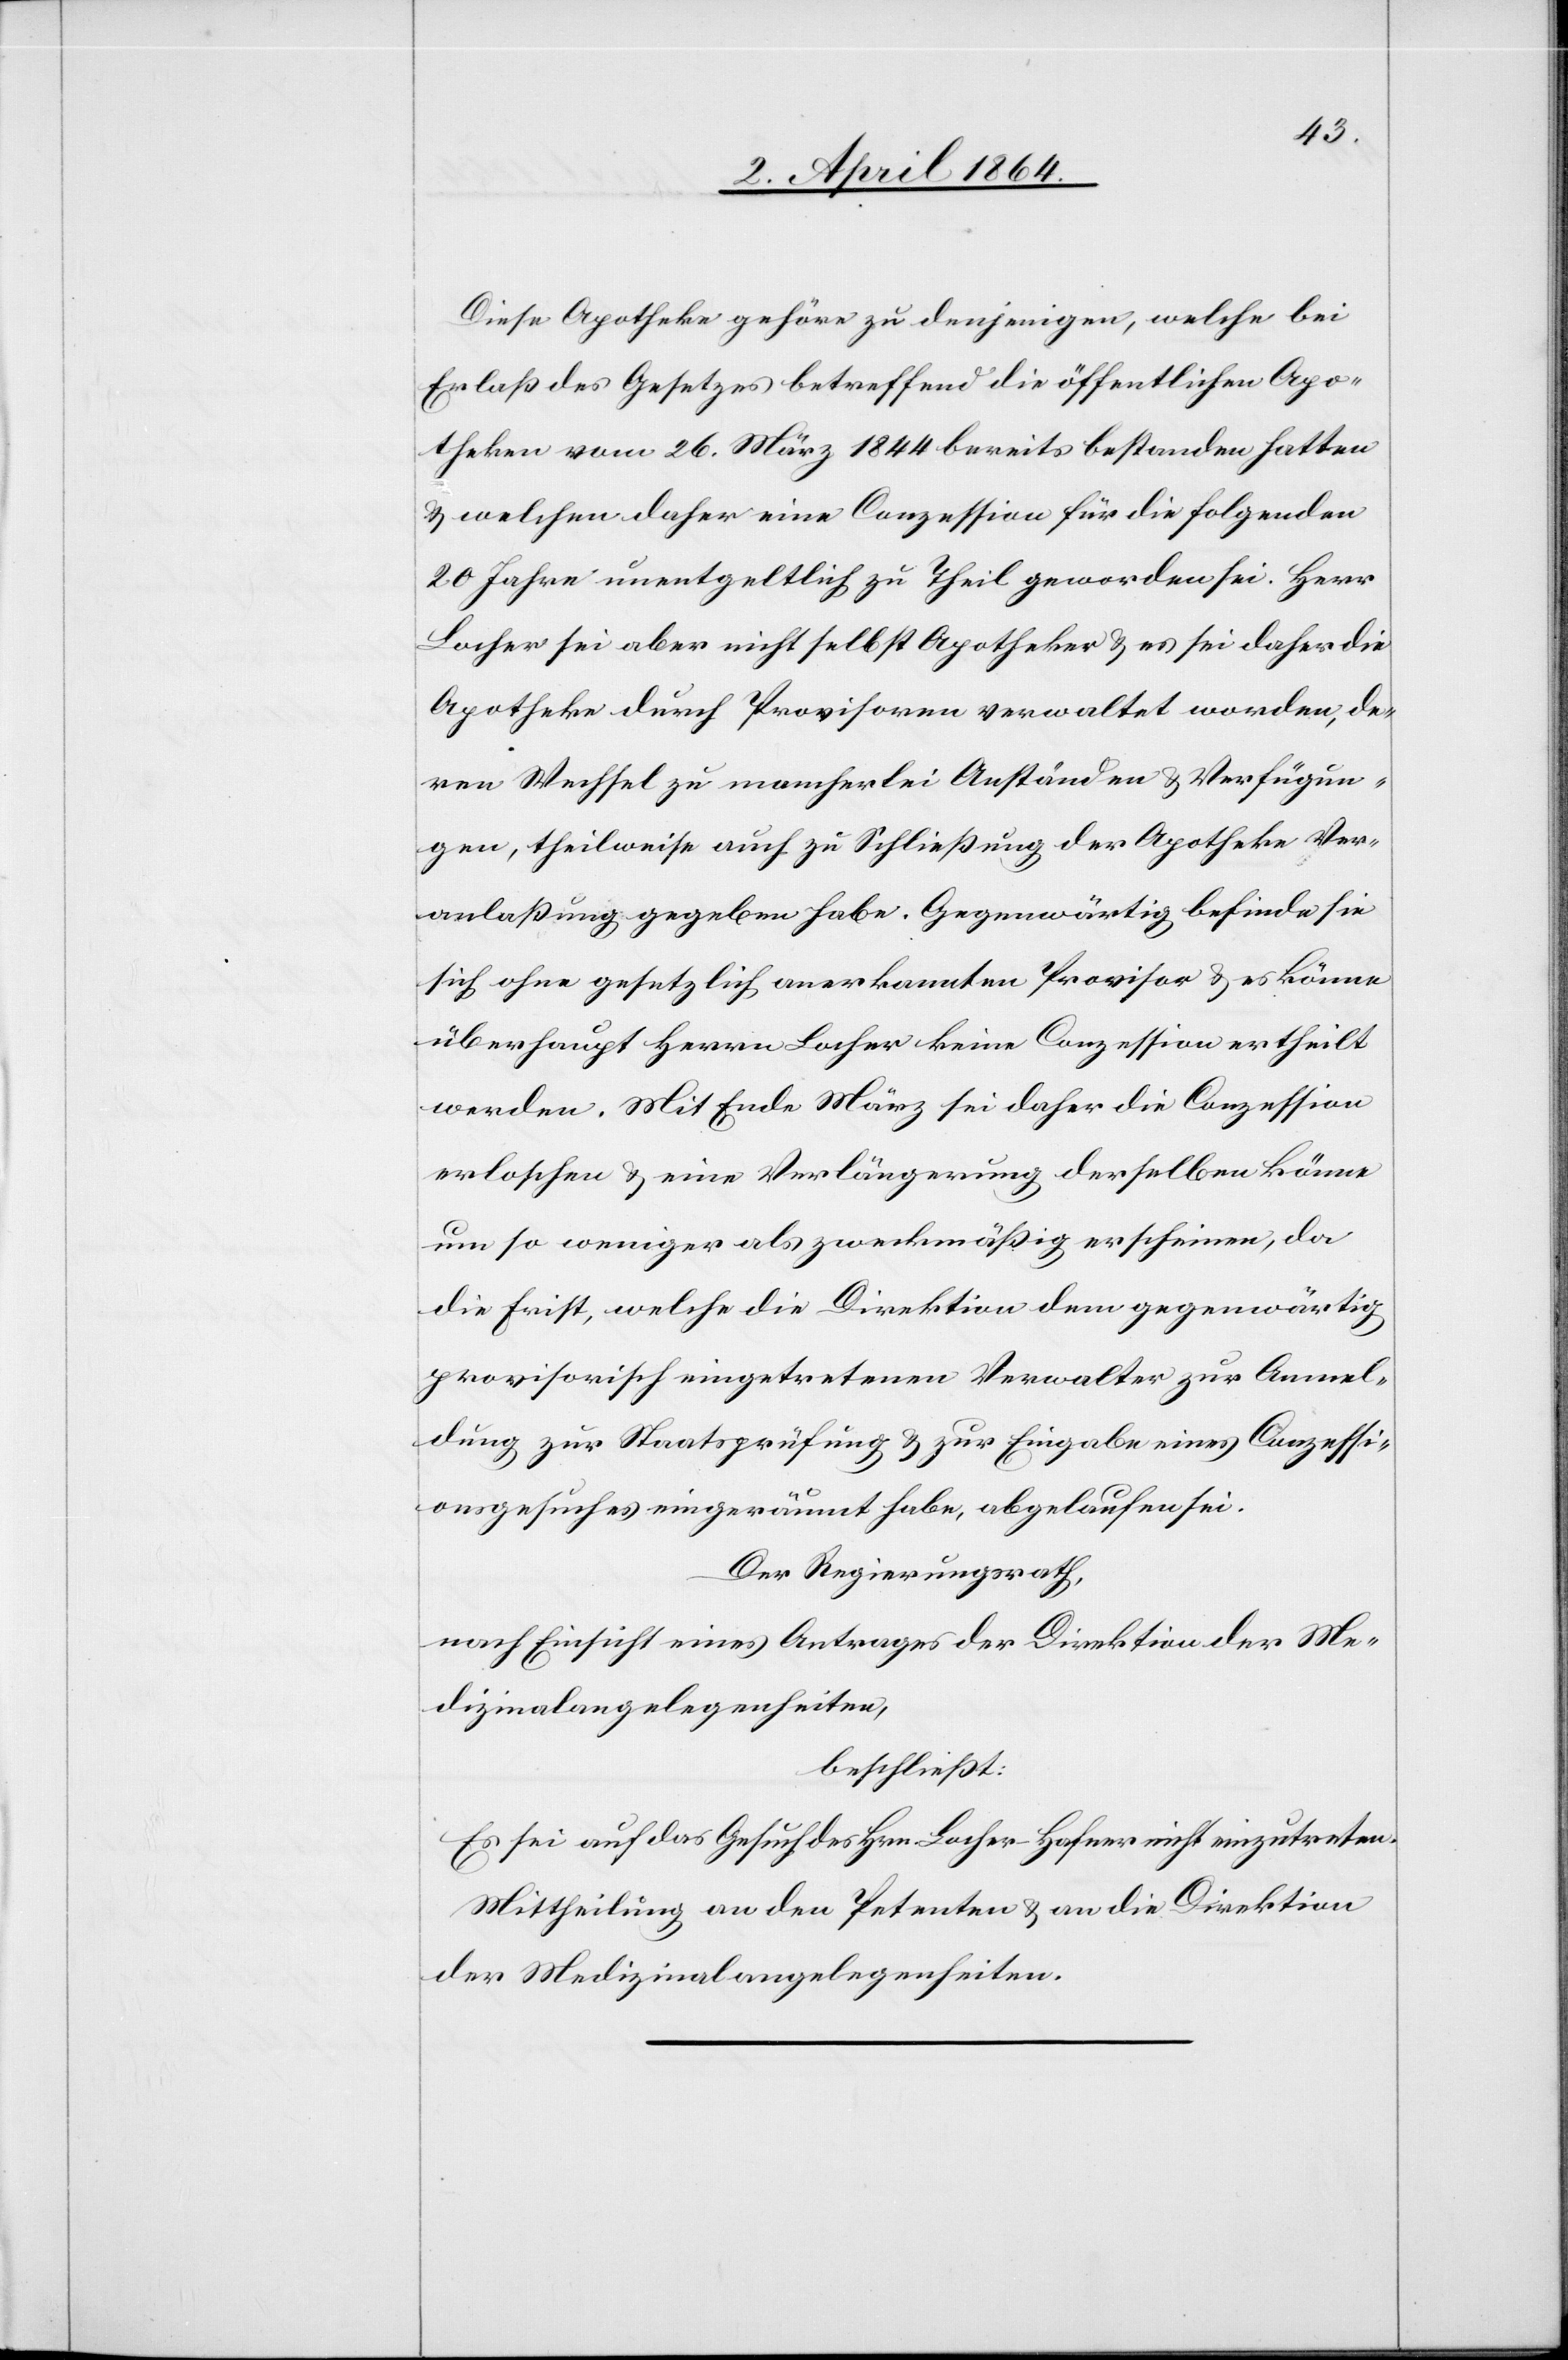
Diese Apotheke gehöre zu denjenigen, welche bei
Erlaß des Gesetzes betreffend die öffentlichen Apo¬
theken vom 26. März 1844 bereits bestanden hatten
u. welchen daher eine Conzession für die folgenden
20 Jahre unentgeltlich zu Theil geworden sei. Herr
Locher sei aber nicht selbst Apotheker u. es sei daher die
Apotheke durch Provisoren verwaltet worden, de¬
ren Wechsel zu mancherlei Anständen u. Verfügun¬
gen, theilweise auch zu Schließung der Apotheke Ver¬
anlaßung gegeben habe. Gegenwärtig befinde sie
sich ohne gesetzlich anerkannten Provisor u. es könne
überhaupt Herrn Locher keine Conzession ertheilt
werden. Mit Ende März sei daher die Conzession
erloschen u. eine Verlängerung derselben könne
um so weniger als zweckmäßig erscheinen, da
die Frist, welche die Direktion dem gegenwärtig
provisorisch eingetretenen Verwalter zur Anmel¬
dung zur Staatsprüfung u. zur Eingabe eines Conzessi¬
onsgesuches eingeräumt habe, abgelaufen sei.
Der Regierungsrath,
nach Einsicht eines Antrages der Direktion der Me¬
dizinalangelegenheiten,
beschließt:
Es sei auf das Gesuch des Hrn Locher-Hafner nicht einzutreten.
Mittheilung an den Petenten u. an die Direktion
der Medizinalangelegenheiten.